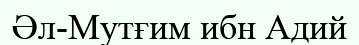
Әл-Мутғим ибн Адий